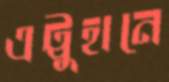
এট্টুহানে